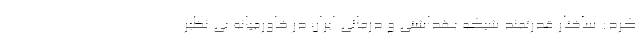
کرد: ساختار قدرتمند شبکه بهداشتی و درمانی ایران در خاورمیانه بی نظیر